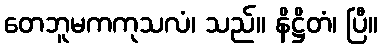
တေဘူမကကုသလံ၊ သည်။ နိဋ္ဌိတံ၊ ပြီ။